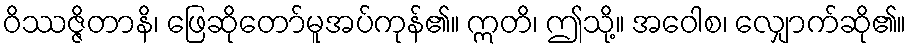
ဝိဿဇ္ဇိတာနိ၊ ဖြေဆိုတော်မူအပ်ကုန်၏။ ဣတိ၊ ဤသို့။ အဝေါစ၊ လျှောက်ဆို၏။